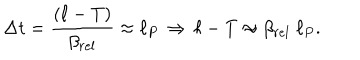
\Delta t = { \frac { ( \ell - T ) } { \beta _ { r e l } } } \approx \ell _ { P } \, \Rightarrow \, \ell - T \approx \beta _ { r e l } \; \ell _ { P } .